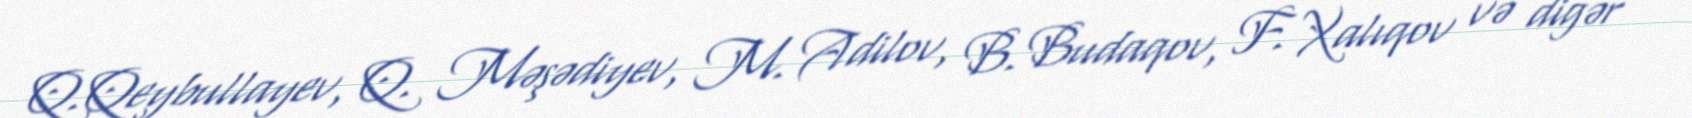
Q.Qeybullayev, Q. Məşədiyev, M. Adilov, B. Budaqov, F. Xalıqov və digər